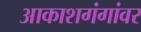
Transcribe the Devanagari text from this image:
आकाशगंगांवर